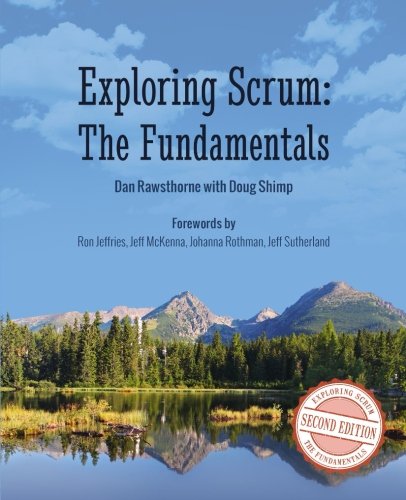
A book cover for Exploring Scrum: The Fundamentals; Dan Rawsthorne; Computers & Technology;